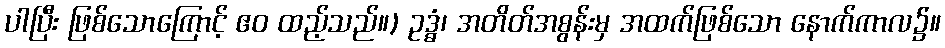
ပါပြီး ဖြစ်သောကြောင့် ဧဝ ထည့်သည်။) ဥဒ္ဓံ၊ အတိတ်အစွန်းမှ အထက်ဖြစ်သော နောက်ကာလ၌။